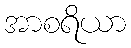
အာစရိယာ